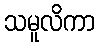
သမူလိကာ